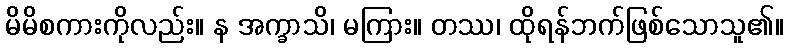
မိမိစကားကိုလည်း။ န အက္ခာသိ၊ မကြား။ တဿ၊ ထိုရန်ဘက်ဖြစ်သောသူ၏။